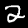
Label: 2